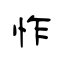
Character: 怍